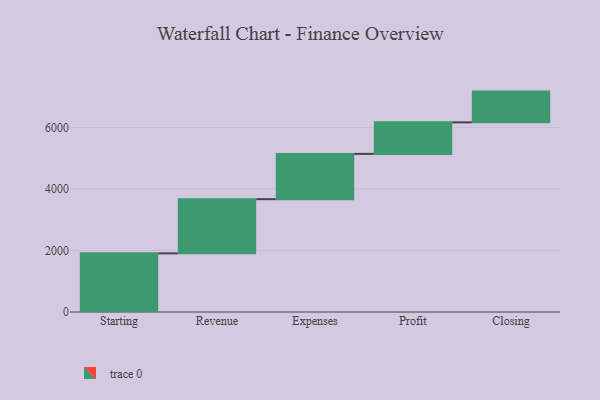
{"axis": {"x": "Step", "y": "Value"}, "legend": [""], "data": [{"x": "Starting", "y": 1907.0, "type": ""}, {"x": "Revenue", "y": 1763.0, "type": ""}, {"x": "Expenses", "y": 1473.0, "type": ""}, {"x": "Profit", "y": 1026.0, "type": ""}, {"x": "Closing", "y": 1000, "type": ""}]}